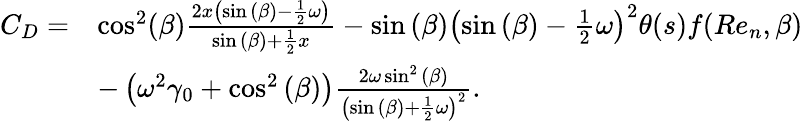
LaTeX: \begin{array}{rl}{C_{D}=}&{\cos^{2}(\beta)\frac{2x\left(\sin{(\beta)}-\frac{1}{2}\omega\right)}{\sin{(\beta)}+\frac{1}{2}x}-\sin{(\beta)}\left(\sin{(\beta)}-\frac{1}{2}\omega\right)^{2}\theta(s)f(Re_{n},\beta)}\\ &{-\left(\omega^{2}\gamma_{0}+\cos^{2}{(\beta)}\right)\frac{2\omega\sin^{2}{(\beta)}}{\left(\sin{(\beta)}+\frac{1}{2}\omega\right)^{2}}.}\end{array}